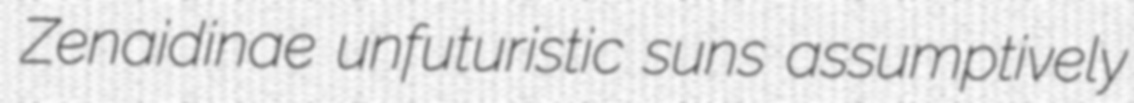
Zenaidinae unfuturistic suns assumptively